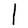
Character: l